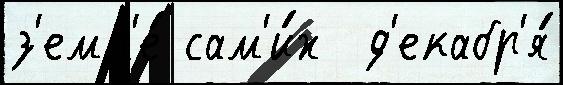
з'емл'е́ сам'и́х  д'екабр'я́